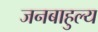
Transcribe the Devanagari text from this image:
जनबाहुल्य